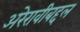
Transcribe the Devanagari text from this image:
अरेरावीबद्दल